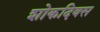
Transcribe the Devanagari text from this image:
शोकदिवस